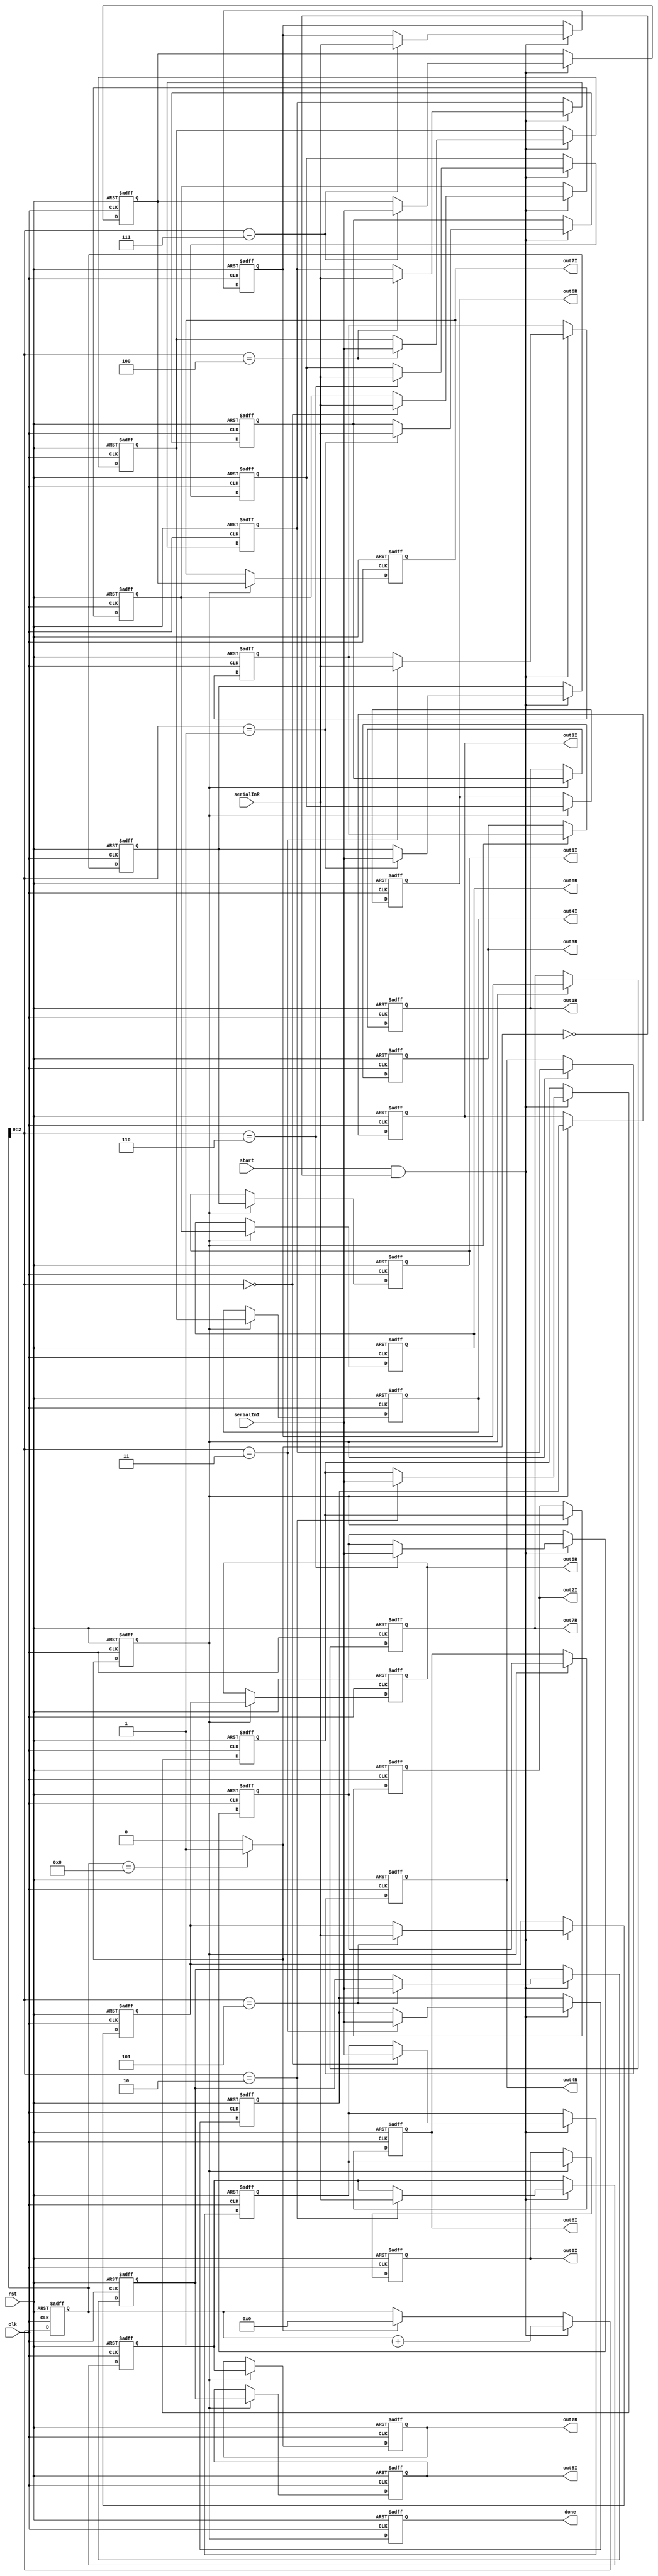
module S2P_REG #(
    parameter portWidth     = 16,
    parameter counterWidth  = 4,
    parameter registerDepth = 8
) (
    // Inputs
    input   wire [portWidth-1:0]  serialInR,       // Serial input as 16 prallel bits at a time (each serial input consists of 16 prallel bit)
    input   wire [portWidth-1:0]  serialInI,       // Serial input as 16 prallel bits at a time (each serial input consists of 16 prallel bit)
    input   wire                  clk,
    input   wire                  rst,
    input   wire                  start,          // A control signal to start or stop conversion (1 = start, 0 = stop)

    // Outputs
    output  reg                   done,           // A flag that shows conversion completion 
    // Real outputs
    output  reg  [portWidth-1:0]  out0R,           // Prallel outputs (of 16-bits each)
    output  reg  [portWidth-1:0]  out1R,
    output  reg  [portWidth-1:0]  out2R,
    output  reg  [portWidth-1:0]  out3R,
    output  reg  [portWidth-1:0]  out4R,
    output  reg  [portWidth-1:0]  out5R,
    output  reg  [portWidth-1:0]  out6R,
    output  reg  [portWidth-1:0]  out7R,
    // Imaginary outputs
    output  reg  [portWidth-1:0]  out0I,           // Prallel outputs (of 16-bits each)
    output  reg  [portWidth-1:0]  out1I,
    output  reg  [portWidth-1:0]  out2I,
    output  reg  [portWidth-1:0]  out3I,
    output  reg  [portWidth-1:0]  out4I,
    output  reg  [portWidth-1:0]  out5I,
    output  reg  [portWidth-1:0]  out6I,
    output  reg  [portWidth-1:0]  out7I
);


reg [portWidth-1:0]  dataR [0:registerDepth-1];  // 2D register to shift and buffer serial inputs 
reg [portWidth-1:0]  dataI [0:registerDepth-1];  // 2D register to shift and buffer serial inputs
reg  [counterWidth:0]  count;                    // A counter used to size the converted inputs
wire convDone;                                   // Internal conversion done signal
reg  ready;                                      // Internal conversion done signal
// Internal conversion done signals are used to delay the the done flag by 2 clock cycles
integer     i,j;                                 // index for a For loop


// Counter handeling
always @(posedge clk or negedge rst) 
    begin
        if(!rst)
            begin
                count <= 'b0;
            end
        else if(start && !convDone)
            begin
                count <= count + 'b1;
            end
        else if(convDone)
            begin
                count <= 'b0;
            end
        else
            begin
                count <= count;
            end
    end

// Delaying the "done" signal by 2 cycles
always @(posedge clk or negedge rst) 
    begin
        if(!rst)
            begin
                ready <= 0;
                done  <= 0;
            end
        else
            begin
        ready <= convDone;
        done <= ready;
            end
    end

assign convDone = (count == registerDepth) ? 1'b1 : 1'b0;




// Shifting and buffering serial inputs

// Real
always @(posedge clk or negedge rst) 
    begin
        if(!rst)
            begin
                for(i = 0; i < registerDepth; i = i+1)
                    begin
                        dataR[i] <= 'b0;
                    end
            end
        else if(start && !convDone)
            begin
                dataR[count] <= serialInR;
            end
        
    end


// Imaginary
always @(posedge clk or negedge rst) 
    begin
        if(!rst)
            begin
                for(j = 0; j < registerDepth; j = j+1)
                    begin
                        dataI[j] <= 'b0;
                    end
            end
        else if(start && !convDone)
            begin
                dataI[count] <= serialInI;
            end
        
    end


// Move buffered inputs to the output register after conversion is done

// Real
always @(posedge clk or negedge rst) 
    begin
        if(!rst)
            begin
                out0R  <= 'b0;
                out1R  <= 'b0;
                out2R  <= 'b0;
                out3R  <= 'b0;
                out4R  <= 'b0;
                out5R  <= 'b0;
                out6R  <= 'b0;
                out7R  <= 'b0;
            end
        else if(ready)
            begin
                out0R  <= dataR[0];
                out1R  <= dataR[1];
                out2R  <= dataR[2];
                out3R  <= dataR[3];
                out4R  <= dataR[4];
                out5R  <= dataR[5];
                out6R  <= dataR[6];
                out7R  <= dataR[7];
            end
        else 
            begin
                out0R  <= out0R;
                out1R  <= out1R;
                out2R  <= out2R;
                out3R  <= out3R;
                out4R  <= out4R;
                out5R  <= out5R;
                out6R  <= out6R;
                out7R  <= out7R;
            end
    end


// Imaginary
always @(posedge clk or negedge rst) 
    begin
        if(!rst)
            begin
                out0I  <= 'b0;
                out1I  <= 'b0;
                out2I  <= 'b0;
                out3I  <= 'b0;
                out4I  <= 'b0;
                out5I  <= 'b0;
                out6I  <= 'b0;
                out7I  <= 'b0;
            end
        else if(ready)
            begin
                out0I  <= dataI[0];
                out1I  <= dataI[1];
                out2I  <= dataI[2];
                out3I  <= dataI[3];
                out4I  <= dataI[4];
                out5I  <= dataI[5];
                out6I  <= dataI[6];
                out7I  <= dataI[7];
            end
        else 
            begin
                out0I  <= out0I;
                out1I  <= out1I;
                out2I  <= out2I;
                out3I  <= out3I;
                out4I  <= out4I;
                out5I  <= out5I;
                out6I  <= out6I;
                out7I  <= out7I;
            end
    end




endmodule